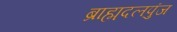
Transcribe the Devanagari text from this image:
ब्राह्मदलपुंज